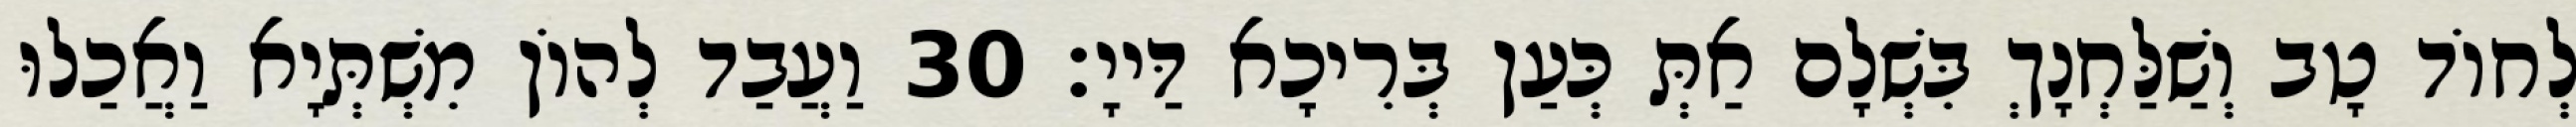
לְחוֹד טָב וְשַׁלַּחְנָךְ בִּשְׁלָם אַתְּ כְּעַן בְּרִיכָא דַּייָ׃ 30 וַעֲבַד לְהוֹן מִשְׁתְּיָא וַאֲכַלוּ